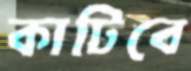
কাটিবে